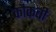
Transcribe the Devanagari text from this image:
कौकबी